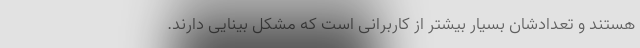
هستند و تعدادشان بسیار بیشتر از کاربرانی است که مشکل بینایی دارند.